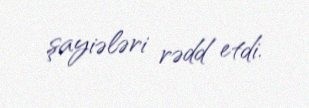
şayiələri rədd etdi.